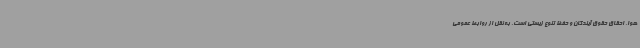
هوا، احقاق حقوق آیندگان و حفظ تنوع زیستی است. به نقل از روابط عمومی